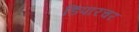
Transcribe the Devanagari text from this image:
डिपारचर